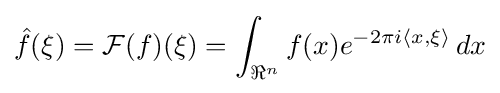
{\hat {f}}(\xi )={\mathcal {F}}(f)(\xi )=\int _{\Re ^{n}}f(x)e^{-2\pi i\langle x,\xi \rangle }\,dx